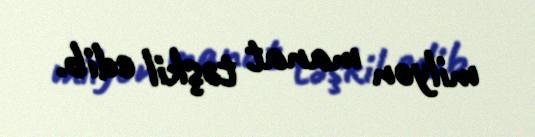
milyon manat təşkil edib.